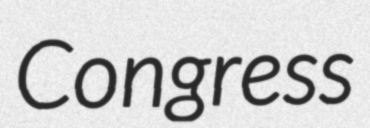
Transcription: Congress